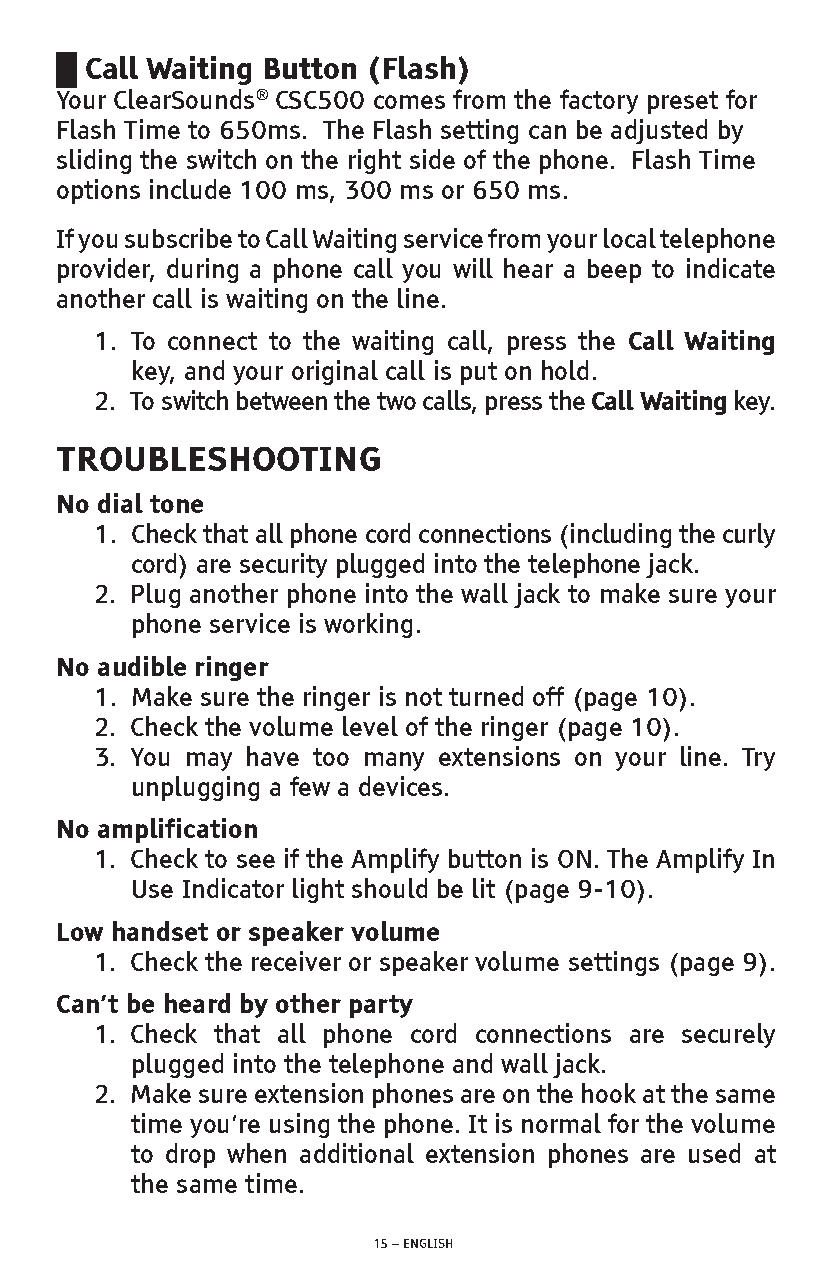
█ Call Waiting Button (Flash)
 Your ClearSounds® CSC500 comes from the factory preset for
 Flash Time to 650ms. The Flash setting can be adjusted by
 sliding the switch on the right side of the phone. Flash Time
 options include 100 ms, 300 ms or 650 ms.
 If you subscribe to Call Waiting service from your local telephone
 provider, during a phone call you will hear a beep to indicate
 another call is waiting on the line.
 1. To connect to the waiting call, press the Call Waiting
 key, and your original call is put on hold.
 2. To switch between the two calls, press the Call Waiting key.
 TROUBLESHOOTING
 No dial tone
 1. Check that all phone cord connections (including the curly
 cord) are security plugged into the telephone jack.
 2. Plug another phone into the wall jack to make sure your
 phone service is working.
 No audible ringer
 1. Make sure the ringer is not turned off (page 10).
 2. Check the volume level of the ringer (page 10).
 3. You may have too many extensions on your line. Try
 unplugging a few a devices.
 No amplification
 1. Check to see if the Amplify button is ON. The Amplify In
 Use Indicator light should be lit (page 9-10).
 Low handset or speaker volume
 1. Check the receiver or speaker volume settings (page 9).
 Can’t be heard by other party
 1. Check that all phone cord connections are securely
 plugged into the telephone and wall jack.
 2. Make sure extension phones are on the hook at the same
 time you’re using the phone. It is normal for the volume
 to drop when additional extension phones are used at
 the same time.
 15 – ENGLISH